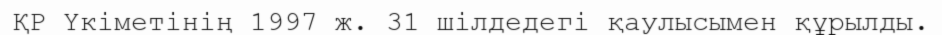
ҚР Үкіметінің 1997 ж. 31 шілдедегі қаулысымен құрылды.